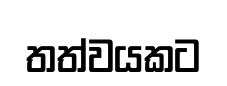
තත්වයකට